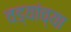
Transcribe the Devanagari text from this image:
वड्यांच्या